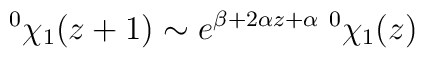
\;^0\chi_1(z+1) \sim e^{\beta+2\alpha z+\alpha}\;^0\chi_1(z)